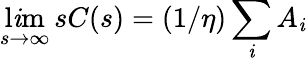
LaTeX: \operatorname*{l\mathit{i}m}_{s\to\infty}\, sC(s)=(1/\eta)\sum_{\mathit{i}}A_{\mathit{i}}